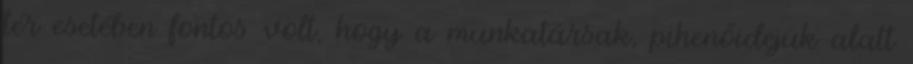
tér esetében fontos volt, hogy a munkatársak, pihenőidejük alatt